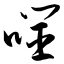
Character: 噬